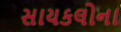
સાયકલોના